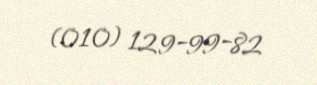
(010) 129-99-82